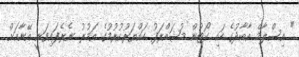
" އިސްލާމް އާބާދުގެ ހައި ކޯޓުން މުޝައްރަފު ހައްޔަރުކުރުމުގެ އަމުރު ނެރެފައިވަނީ އޭނާއަށް